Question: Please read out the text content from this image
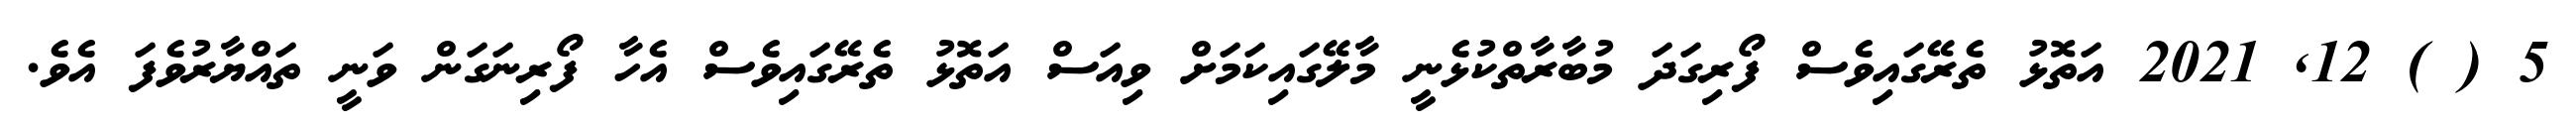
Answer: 5 ( ) 12, 2021 އަތޮޅު ތެރޭގައިވެސް ފޯރިގަދަ މުބާރާތްކުޅެނީ މާލޭގައިކަމަށް ވިއަސް އަތޮޅު ތެރޭގައިވެސް އެހާ ފޯރިނަގަން ވަނީ ތައްޔާރުވެފަ އެވެ.